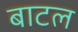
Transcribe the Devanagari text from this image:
बाटल